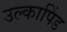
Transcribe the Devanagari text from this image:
उल्‍कापिंड